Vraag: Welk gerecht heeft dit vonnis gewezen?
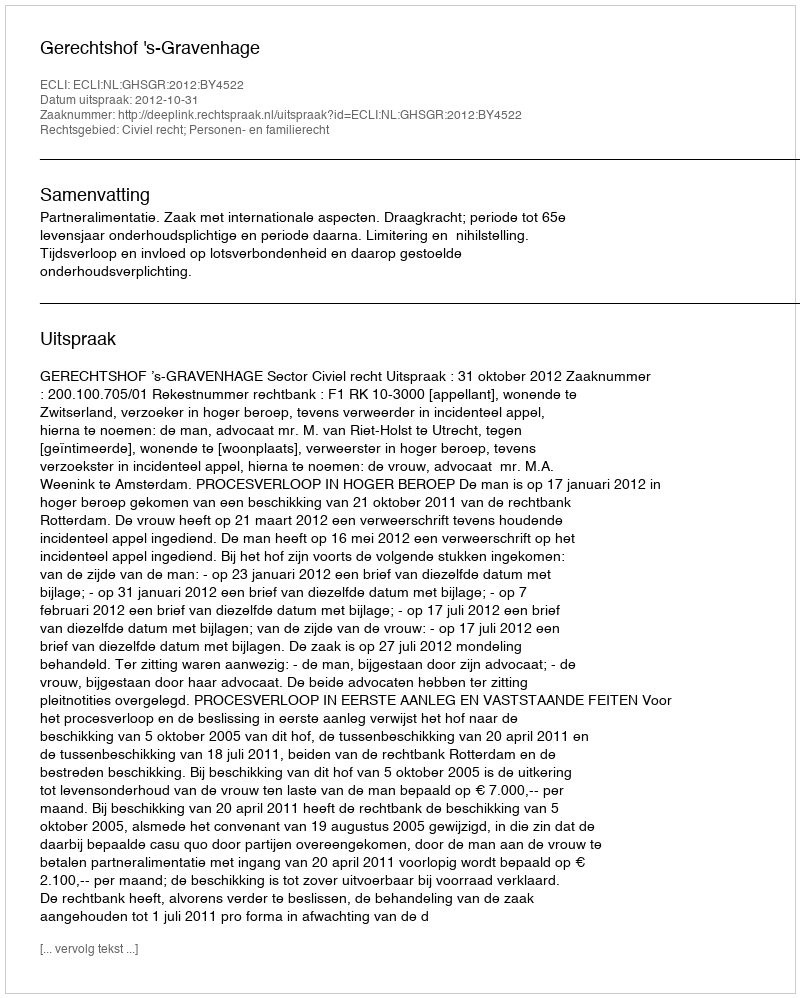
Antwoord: Gerechtshof 's-Gravenhage